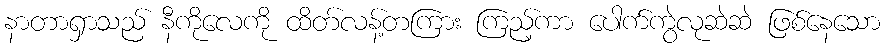
နာတာရှာသည် နီကိုလေကို ထိတ်လန့်တကြား ကြည့်ကာ ပေါက်ကွဲလုဆဲဆဲ ဖြစ်နေသော